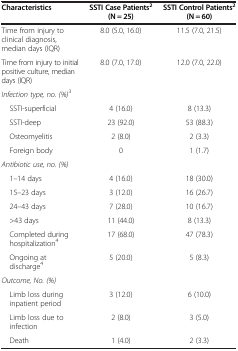
<table><thead><tr><td><b>Characteristics</b></td><td><b>SSTI Case Patients<sup>2 </sup>(N = 25)</b></td><td><b>SSTI Control Patients<sup>2 </sup>(N = 60)</b></td></tr></thead><tbody><tr><td>Time from injury to clinical diagnosis, median days (IQR)</td><td>8.0 (5.0, 16.0)</td><td>11.5 (7.0, 21.5)</td></tr><tr><td>Time from injury to initial positive culture, median days (IQR)</td><td>8.0 (7.0, 17.0)</td><td>12.0 (7.0, 22.0)</td></tr><tr><td><i>Infection type, no. (%)</i><sup>3</sup></td><td> </td><td> </td></tr><tr><td> SSTI-superficial</td><td>4 (16.0)</td><td>8 (13.3)</td></tr><tr><td> SSTI-deep</td><td>23 (92.0)</td><td>53 (88.3)</td></tr><tr><td> Osteomyelitis</td><td>2 (8.0)</td><td>2 (3.3)</td></tr><tr><td> Foreign body</td><td>0</td><td>1 (1.7)</td></tr><tr><td><i>Antibiotic use, no. (%)</i></td><td> </td><td> </td></tr><tr><td> 1–14 days</td><td>4 (16.0)</td><td>18 (30.0)</td></tr><tr><td> 15–23 days</td><td>3 (12.0)</td><td>16 (26.7)</td></tr><tr><td> 24–43 days</td><td>7 (28.0)</td><td>10 (16.7)</td></tr><tr><td> &gt;43 days</td><td>11 (44.0)</td><td>8 (13.3)</td></tr><tr><td> Completed during hospitalization<sup>4</sup></td><td>17 (68.0)</td><td>47 (78.3)</td></tr><tr><td> Ongoing at discharge<sup>4</sup></td><td>5 (20.0)</td><td>5 (8.3)</td></tr><tr><td><i>Outcome, No. (%)</i></td><td> </td><td> </td></tr><tr><td> Limb loss during inpatient period</td><td>3 (12.0)</td><td>6 (10.0)</td></tr><tr><td> Limb loss due to infection</td><td>2 (8.0)</td><td>3 (5.0)</td></tr><tr><td> Death</td><td>1 (4.0)</td><td>2 (3.3)</td></tr></tbody></table>